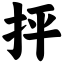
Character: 抨